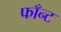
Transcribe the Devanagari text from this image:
फाँन्ट